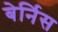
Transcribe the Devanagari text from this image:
बेर्निस